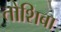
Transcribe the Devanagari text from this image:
तोशिबा